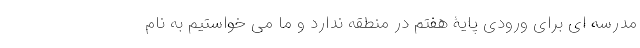
مدرسه ای برای ورودی پایۀ هفتم در منطقه ندارد و ما می خواستیم به نام